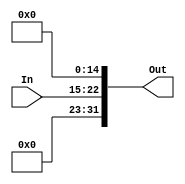
// extend 8 bits to 32 bits fixed point

module extend8to32#(
  parameter Q = 15,
  parameter N = 32
  )
  (
    output [N-1:0] Out,
    input [7:0] In
    );
  
  assign Out = {1'b0,8'b00000000,In,15'b000000000000000};
  
  
endmodule